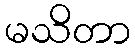
မသိတာ